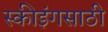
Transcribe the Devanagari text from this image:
स्कीइंगसाठी